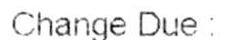
CHANGE DUE: